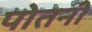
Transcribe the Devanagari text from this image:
पोतनी